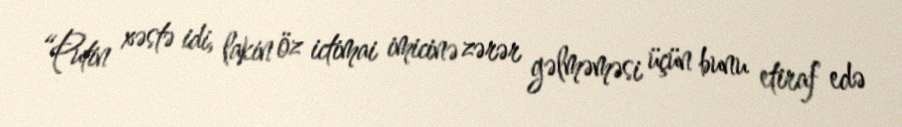
“Putin xəstə idi, lakin öz ictimai imicinə zərər gəlməməsi üçün bunu etiraf edə